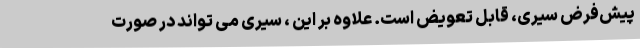
پیش‌فرض سیری، قابل تعویض است. علاوه بر این ، سیری می تواند در صورت